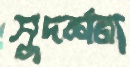
সুদর্শনা